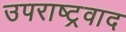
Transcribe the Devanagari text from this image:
उपराष्ट्रवाद